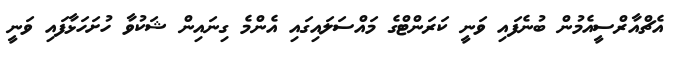
އެޗްއާރްސީއެމުން ބުނެފައި ވަނީ ކަރަންޓްގެ މައްސަލައިގައި އެންމެ ގިނައިން ޝަކުވާ ހުށަހަޅާފައި ވަނީ